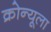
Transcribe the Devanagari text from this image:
क्रोन्यूला